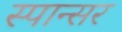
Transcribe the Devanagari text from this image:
स्पान्सर